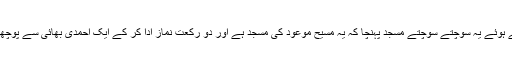
میں نے اپنا سامان جلدی سے رکھا اور وضو کرتے ہوئے یہ سوچتے سوچتے مسجد پہنچا کہ یہ مسیح موعود کی مسجد ہے اور دو رکعت نماز ادا کر کے ایک احمدی بھائی سے پوچھا کہ کیا یہ امام مہدی علیہ السلام کی ہی مسجد ہے؟